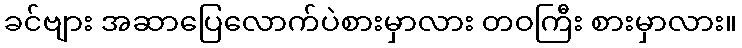
ခင်ဗျား အဆာပြေလောက်ပဲစားမှာလား တဝကြီး စားမှာလား။